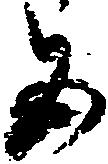
五